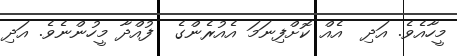
މީހާއެވެ. އަދި  އެއް ކޮށްފިނަމަ އެއުރެންގެ  ފުއްދާ މީހުންނެވެ. އަދި